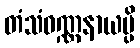
တံသံဝဏ္ဏနာယမ္ပိ